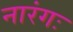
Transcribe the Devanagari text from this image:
नारंगः